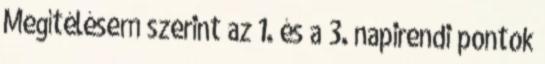
Megítélésem szerint az 1. és a 3. napirendi pontok